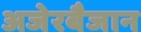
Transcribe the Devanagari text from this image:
अजेरबैजान